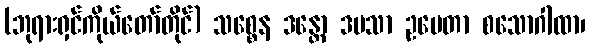
(ဘုရားရှင်ကိုယ်တော်တိုင်) သစ္စေန ဒန္တော ဒမသာ ဥပေတာ စသောဂါထာ၊